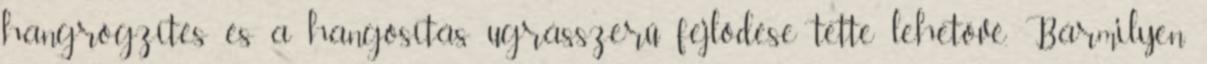
hangrögzítés és a hangosítás ugrásszerű fejlődése tette lehetővé. Bármilyen